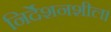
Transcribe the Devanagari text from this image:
निर्देशनशील।